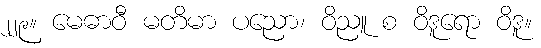
၂၂၉။ မေဓာဝီ မတိမာ ပညော၊ ဝိညူ စ ဝိဒူရော ဝိဒူ။